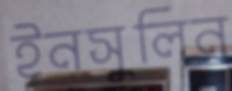
ইনসুলিন